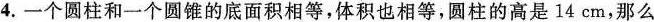
4.一个圆柱和一个圆锥的底面积相等，体积也相等，圆柱的高是14cm，那么